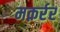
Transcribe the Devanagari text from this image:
मक़र्रर